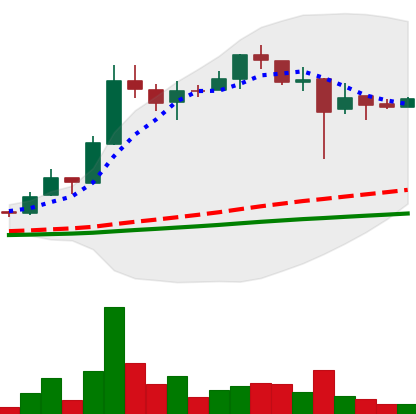
Ticker: LTC-USD
Chart end date: 2017-12-26
Forward return: -18.99%
Label: down_7plus